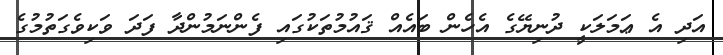
އަދި އެ ޢަމަލަކީ ދުނިޔޭގެ އެހެން ބައެއް ޤައުމުތަކުގައި ފެންނަމުންދާ ފަދަ ވަކިވެގަތުމުގެ